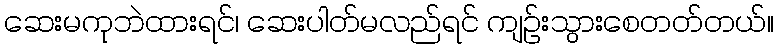
ဆေးမကုဘဲထားရင်၊ ဆေးပါတ်မလည်ရင် ကျဉ်းသွားစေတတ်တယ်။